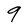
Character: 9